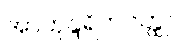
အာဟုန္ဒရိကဝတ္ထု။